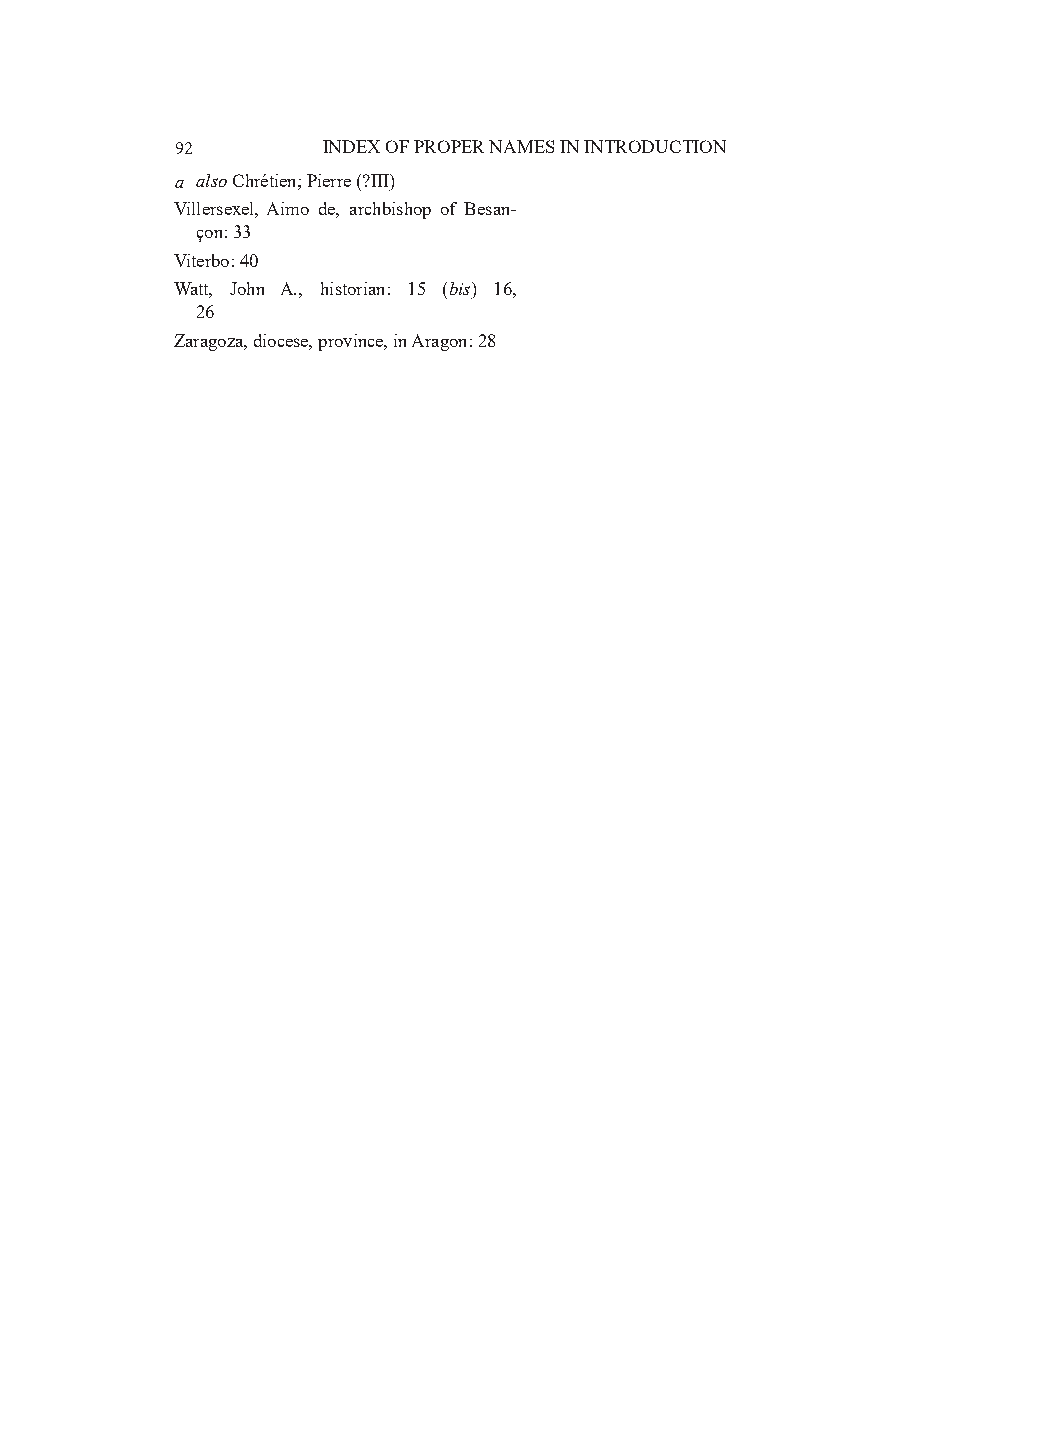
92       INDEX OF PROPER NAMES IN INTRODUCTION
 a also Chrétien; Pierre (?III)
 Villersexel, Aimo de, archbishop of Besan-
 çon: 33
 Viterbo: 40
 Watt, John A., historian: 15 (bis) 16,
 26
 Zaragoza, diocese, province, in Aragon: 28